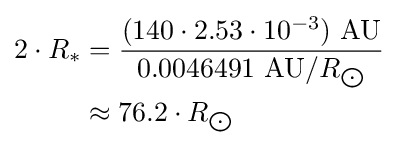
{\begin{aligned}2\cdot R_{*}&={\frac {(140\cdot 2.53\cdot 10^{-3})\ {\text{AU}}}{0.0046491\ {\text{AU}}/R_{\bigodot }}}\\&\approx 76.2\cdot R_{\bigodot }\end{aligned}}